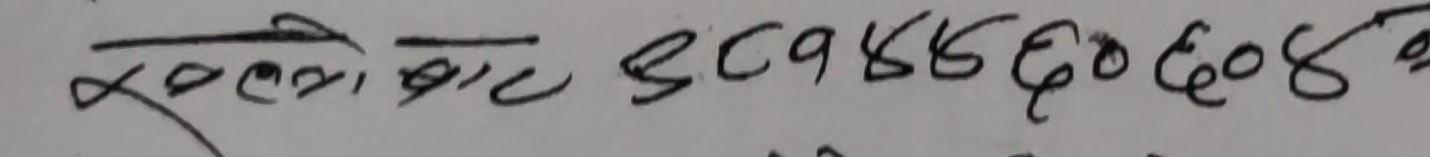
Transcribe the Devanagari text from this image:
खुल्ला बाट ८८१४६६६०६०४